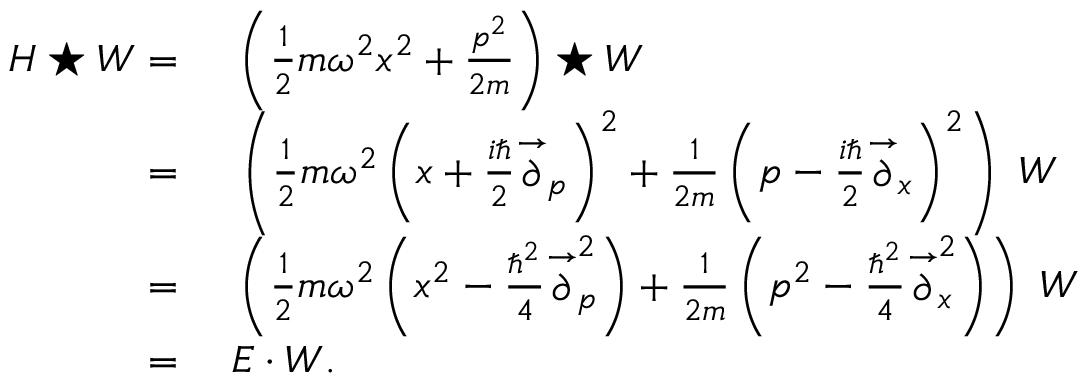
\begin{array} { r l } { H \star W = { } } & { { } \left( { \frac { 1 } { 2 } } m \omega ^ { 2 } x ^ { 2 } + { \frac { p ^ { 2 } } { 2 m } } \right) \star W } \\ { = { } } & { { } \left( { \frac { 1 } { 2 } } m \omega ^ { 2 } \left( x + { \frac { i \hbar } { 2 } } { \stackrel { \rightarrow } { \partial } } _ { p } \right) ^ { 2 } + { \frac { 1 } { 2 m } } \left( p - { \frac { i \hbar } { 2 } } { \stackrel { \rightarrow } { \partial } } _ { x } \right) ^ { 2 } \right) ~ W } \\ { = { } } & { { } \left( { \frac { 1 } { 2 } } m \omega ^ { 2 } \left( x ^ { 2 } - { \frac { \hbar ^ { 2 } } { 4 } } { \stackrel { \rightarrow } { \partial } } _ { p } ^ { 2 } \right) + { \frac { 1 } { 2 m } } \left( p ^ { 2 } - { \frac { \hbar ^ { 2 } } { 4 } } { \stackrel { \rightarrow } { \partial } } _ { x } ^ { 2 } \right) \right) ~ W } \\ { = { } } & { { } E \cdot W . } \end{array}